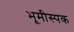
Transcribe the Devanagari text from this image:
भूमीस्पक